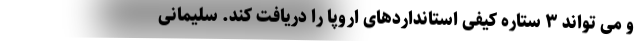
و می تواند ۳ ستاره کیفی استانداردهای اروپا را دریافت کند. سلیمانی